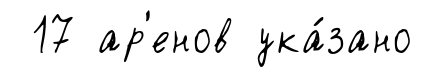
17 ар'енов ука́зано